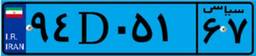
۹۴D۰۵۱۶۷